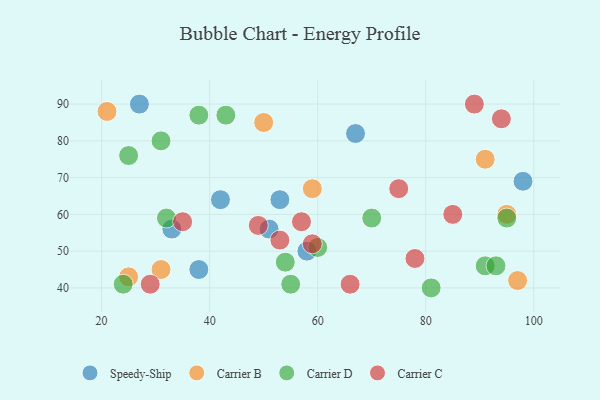
{"axis": {"x": "GDP", "y": "Life Expectancy"}, "legend": ["Carrier B", "Carrier C", "Carrier D", "Speedy-Ship"], "data": [{"x": "27", "y": 90, "type": "Speedy-Ship"}, {"x": "38", "y": 45, "type": "Speedy-Ship"}, {"x": "33", "y": 56, "type": "Speedy-Ship"}, {"x": "67", "y": 82, "type": "Speedy-Ship"}, {"x": "51", "y": 56, "type": "Speedy-Ship"}, {"x": "98", "y": 69, "type": "Speedy-Ship"}, {"x": "53", "y": 64, "type": "Speedy-Ship"}, {"x": "58", "y": 50, "type": "Speedy-Ship"}, {"x": "42", "y": 64, "type": "Speedy-Ship"}, {"x": "97", "y": 42, "type": "Carrier B"}, {"x": "25", "y": 43, "type": "Carrier B"}, {"x": "95", "y": 60, "type": "Carrier B"}, {"x": "50", "y": 85, "type": "Carrier B"}, {"x": "31", "y": 45, "type": "Carrier B"}, {"x": "21", "y": 88, "type": "Carrier B"}, {"x": "59", "y": 67, "type": "Carrier B"}, {"x": "91", "y": 75, "type": "Carrier B"}, {"x": "25", "y": 76, "type": "Carrier D"}, {"x": "38", "y": 87, "type": "Carrier D"}, {"x": "95", "y": 59, "type": "Carrier D"}, {"x": "81", "y": 40, "type": "Carrier D"}, {"x": "60", "y": 51, "type": "Carrier D"}, {"x": "55", "y": 41, "type": "Carrier D"}, {"x": "70", "y": 59, "type": "Carrier D"}, {"x": "24", "y": 41, "type": "Carrier D"}, {"x": "91", "y": 46, "type": "Carrier D"}, {"x": "43", "y": 87, "type": "Carrier D"}, {"x": "54", "y": 47, "type": "Carrier D"}, {"x": "93", "y": 46, "type": "Carrier D"}, {"x": "31", "y": 80, "type": "Carrier D"}, {"x": "32", "y": 59, "type": "Carrier D"}, {"x": "89", "y": 90, "type": "Carrier C"}, {"x": "66", "y": 41, "type": "Carrier C"}, {"x": "85", "y": 60, "type": "Carrier C"}, {"x": "57", "y": 58, "type": "Carrier C"}, {"x": "59", "y": 52, "type": "Carrier C"}, {"x": "35", "y": 58, "type": "Carrier C"}, {"x": "53", "y": 53, "type": "Carrier C"}, {"x": "29", "y": 41, "type": "Carrier C"}, {"x": "94", "y": 86, "type": "Carrier C"}, {"x": "78", "y": 48, "type": "Carrier C"}, {"x": "49", "y": 57, "type": "Carrier C"}, {"x": "75", "y": 67, "type": "Carrier C"}]}